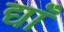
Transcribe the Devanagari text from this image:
द्याँ